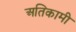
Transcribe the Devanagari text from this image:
अतिकामी